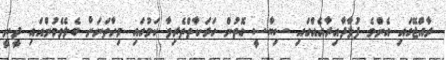
ރާއްޖޭގައި އެންމެ ފުޅާދާއިރާއެއްގައި ސިޔާސީ ގޮތުން ހަރަކާތްތެރިވާ ކަމުގައި މިހާތަނަށް ބެލެވެމުންއައި ދީނީ